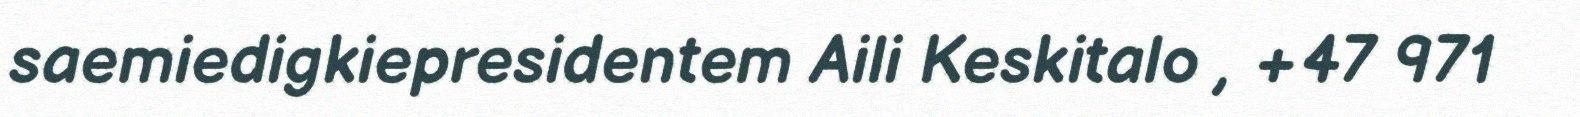
saemiedigkiepresidentem Aili Keskitalo , +47 971